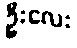
ဦးလေး